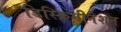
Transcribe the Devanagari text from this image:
डिस्क्रिमीनेशन